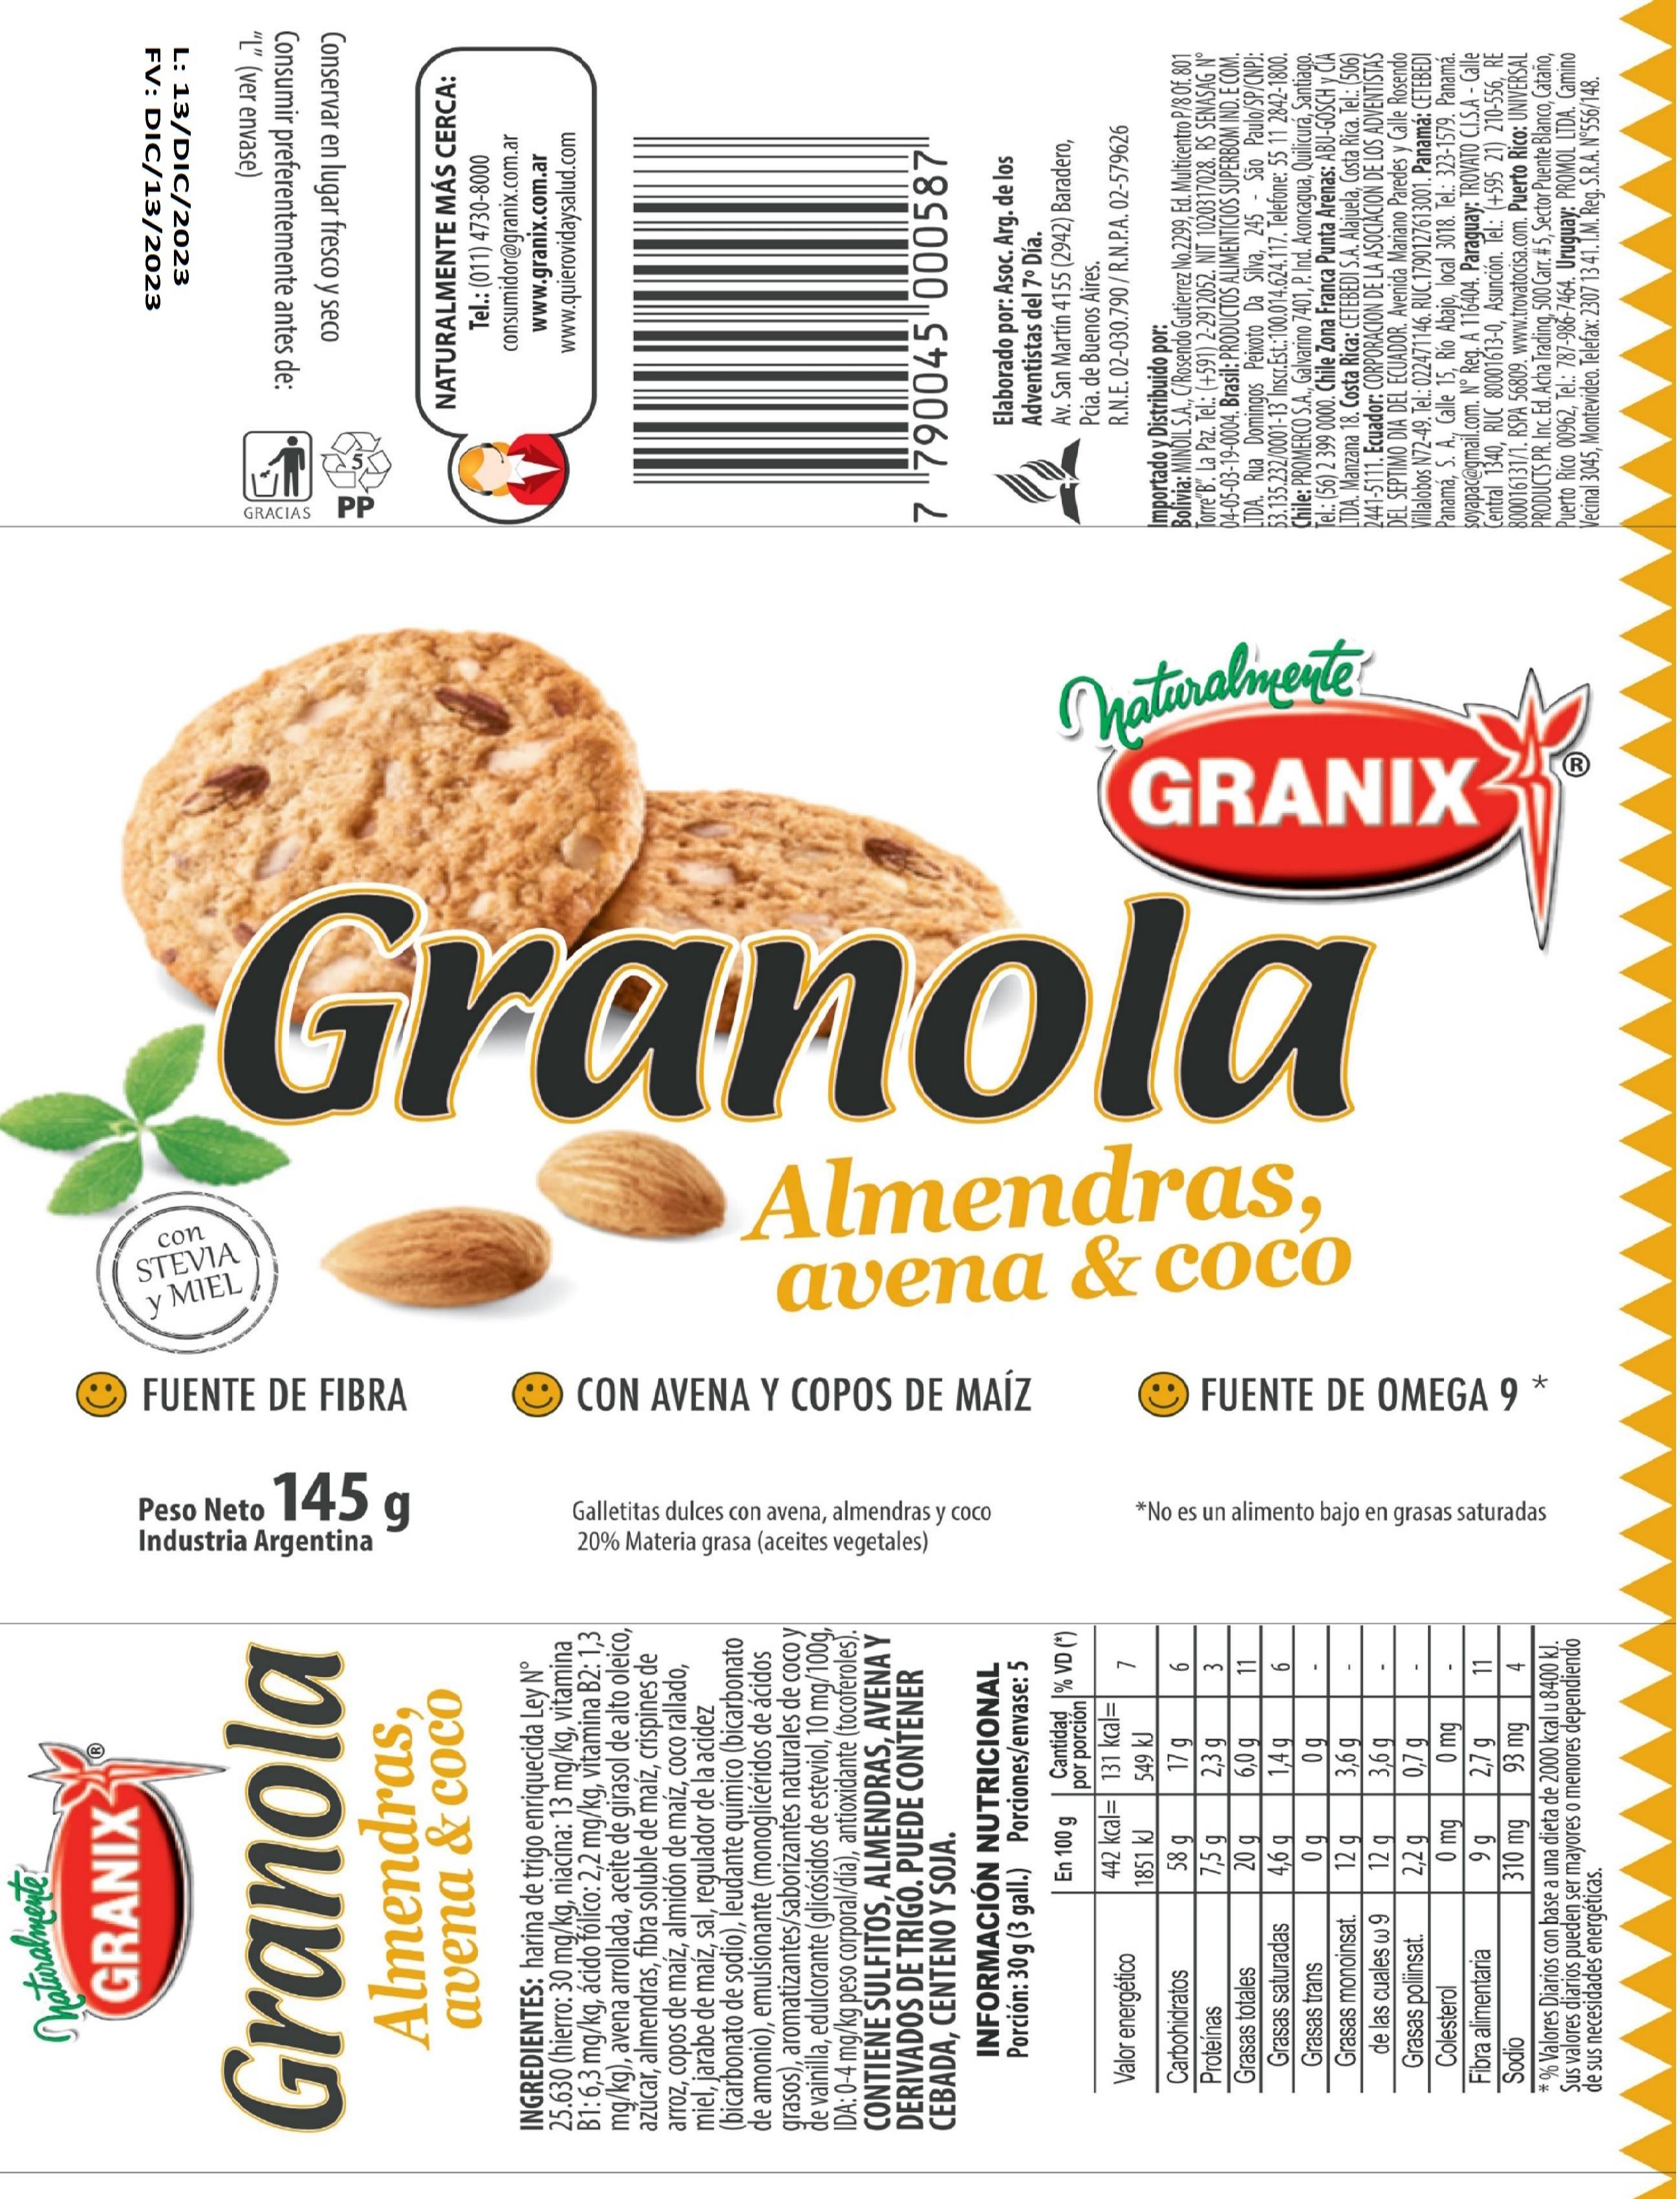
Naturalmente
GRANIX
Granola
Almendras,
avena & coco
INGREDIENTES: harina de trigo enriquecida Ley N° 25.630 (hierro: 30 mg/kg, niacína: 13 mg/kg, vitamina B1: 6,3 mg/kg, ácido fólico: 2,2 mg/kg, vitamina B2: 1,3 mg/kg), avena arrollada, aceite de girasol de alto oleico, azúcar, almendras, fibra soluble de maíz, crispines de arroz, copos de maíz, almidón de maíz, coco rallado, miel, jarabe de maíz, sal, regulador de la acidez (bicarbonato de sodio), leudante químico (bicarbonato de amonio), emulsionante (monoglicéridos de ácidos grasos), aromatizantes/saborizantes naturales de coco y de vainilla, edulcorante (glicósidos de esteviol, 10 mg/100g, IDA: 0-4 mg/kg peso corporal/día), antioxidante (tocoferoles). CONTIENE SULFITOS, ALMENDRAS, AVENA Y DERIVADOS DE TRIGO. PUEDE CONTENER CEBADA, CENTENO Y SOJA.
INFORMACIÓN NUTRICIONAL Porción: 30g (3 gall.) Porciones/envase: 5
Valor energético
Carbohidratos Proteínas Grasas totales
Grasas saturadas Grasas trans Grasas monoinsat.
de las cuales w 9
Grasas poliinsat. Colesterol
Fibra alimentaria Sodio
En 100 g
442 kcal=
1851 kJ
58 g
7,5 g
20 g
4,6 g
Og
12 g
12 g
2,2 g
0 mg
Cantidad % VD (*)
por porción 131 kcal=
549 kJ
17 g
2,3 g
6,0 g
1,4g
Og
3,6 g
3,6 g
0,7 g
0 mg
2,7 g
93 mg
7
6
3
11
6
99
11
310 mg
4
* % Valores Diarios con base a una dieta de 2000 kcal u 8400 kJ. Sus valores diarios pueden ser mayores o menores dependiendo
de sus necesidades energéticas.
Industria Argentina
Peso Neto 145
FUENTE DE FIBRA
g
20% Materia
grasa
(aceites
Galletitas dulces con avena, almendras y coco
vegetales)
*No es un alimento bajo en grasas saturadas
CON AVENA Y COPOS DE MAÍZ
FUENTE DE OMEGA 9
*
STEVIA y MIEL
con
avena & coco
Almendras,
G
an
Naturalmente GRANIX
GRACIAS
PP
ετοι/ετ/λια :Λετοτ/ρια/ετ:1
(әселиә ләл) „1,,
a care are
a la de la
NATURALMENTE MÁS CERCA:
Tel.: (011) 4730-8000 consumidor@granix.com.ar www.granix.com.ar www.quierovidaysalud.com
7 "790045 000587
Elaborado por: Asoc. Arg. de los Adventistas del 7° Día.
Av. San Martín 4155 (2942) Baradero,
Pcia. de Buenos Aires.
R.N.E. 02-030.790/R.N.P.A. 02-579626
Importado y Distribuido por:
Bolivia: MINDIL S.A., C/Rosendo Gutierrez No.2299, Ed. Multicentro P/8 Of. 801 Torre"B". La Paz. Tel.: (+591) 2-2912052. NIT 1020317028. RS SENASAG N°
04-05-03-19-0004. Brasil: PRODUCTOS ALIMENTICIOS SUPERBOM IND. E COM. LTDA. Rua Domingos Peixoto Da Silva, 245 - São Paulo/SP/CNPJ: 53.135.232/0001-13 Inscr.Est.:100.014.624.117. Telefone: 55 11 2842-1800. Chile: PROMERCO S.A., Galvarino 7401, P. Ind. Aconcagua, Quilicurá, Santiago. Tel.: (56) 2 399 0000. Chile Zona Franca Punta Arenas: ABU-GOSCH y CIA LTDA. Manzana 18. Costa Rica: CETEBEDI S.A. Alajuela, Costa Rica. Tel.: (506) 2441-5111. Ecuador: CORPORACION DE LA ASOCIACION DE LOS ADVENTISTAS DEL SEPTIMO DIA DEL ECUADOR. Avenida Mariano Paredes y Calle Rosendo Villalobos N72-49. Tel.: 022471146. RUC.1790127613001. Panamá: CETEBEDI Panamá, S. A., Calle 15, Rio Abajo, local 3018. Tel.: 323-1579. Panamá. soyapac@gmail.com. N° Reg. A 116404. Paraguay: TROVATO C.I.S.A - Calle
Central 1340, RUC 80001613-0, Asunción. Tel.: (+595 21) 210-556, RE 800016131/1. RSPA 56809. www.trovatocisa.com. Puerto Rico: UNIVERSAL PRODUCTS PR. Inc. Ed. Acha Trading, 500 Carr. # 5, Sector Puente Blanco, Cataño, Puerto Rico 00962, Tel.: 787-986-7464. Uruguay: PROMOL LTDA. Camino Vecinal 3045, Montevideo. Telefax: 2307 13 41. T.M. Reg. S.R.A. N°556/148.